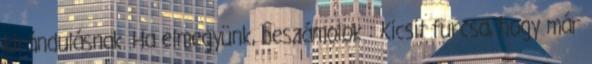
kirándulásnak. Ha elmegyünk, beszámolok : Kicsit furcsa, hogy már